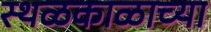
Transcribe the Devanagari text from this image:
स्थळकाळाच्या